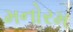
મનોરમ